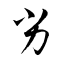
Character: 劣